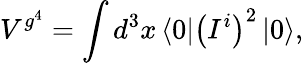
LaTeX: V^{g^{4}}=\int{d^{3}}x\left\langle 0\right|\left({I^{i}}\right)^{2}\left|0\right\rangle,